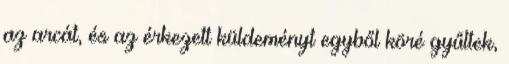
az arcát, és az érkezett küldeményt egyből köré gyűltek,